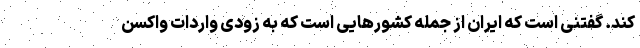
کند. گفتنی است که ایران از جمله کشورهایی است که به زودی واردات واکسن